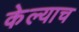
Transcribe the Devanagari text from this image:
केल्याच